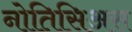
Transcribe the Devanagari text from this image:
नोतिसिअस